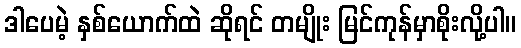
ဒါပေမဲ့ နှစ်ယောက်ထဲ ဆိုရင် တမျိုး မြင်ကုန်မှာစိုးလို့ပါ။